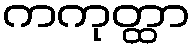
ကကုတ္ထာ